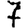
Digit: 7